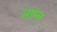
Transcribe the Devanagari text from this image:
ताप्त